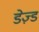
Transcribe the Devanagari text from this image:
डेज़्ड